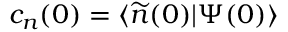
c _ { n } ( 0 ) = \langle \widetilde { n } ( 0 ) | \Psi ( 0 ) \rangle